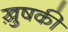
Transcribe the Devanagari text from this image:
ख़ुषकी